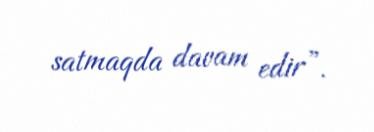
satmaqda davam edir”.